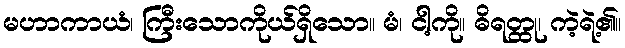
မဟာကာယံ၊ ကြီးသောကိုယ်ရှိသော။ မံ၊ ငါ့ကို။ ဓိရတ္ထု၊ ကဲ့ရဲ့၏။